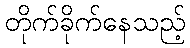
တိုက်ခိုက်နေသည့်